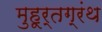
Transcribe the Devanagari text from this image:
मुहूर्तग्रंथ